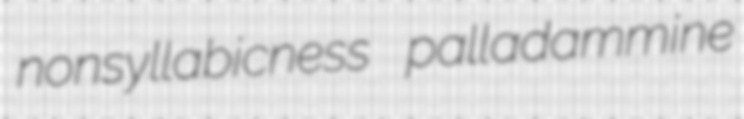
nonsyllabicness palladammine